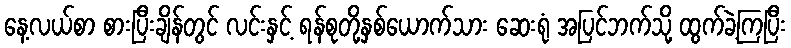
နေ့လယ်စာ စားပြီးချိန်တွင် လင်းနှင့် ရန်စုတို့နှစ်ယောက်သား ဆေးရုံ အပြင်ဘက်သို့ ထွက်ခဲ့ကြပြီး